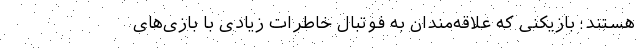
هستند؛ بازیکنی که علاقه‌مندان به فوتبال خاطرات زیادی با بازی‌های